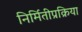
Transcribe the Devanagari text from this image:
निर्मितीप्रक्रिया